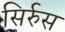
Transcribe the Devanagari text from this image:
सिर्रुस